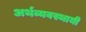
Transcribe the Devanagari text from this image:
अर्थव्यवस्थायी